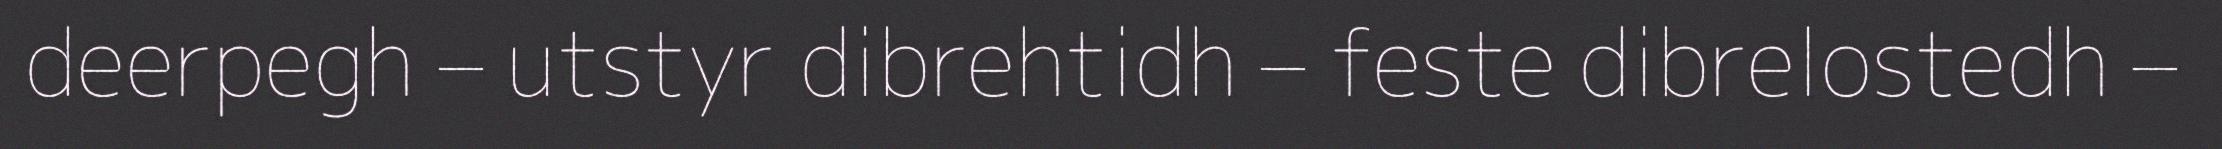
deerpegh – utstyr dibrehtidh – feste dibrelostedh –